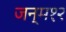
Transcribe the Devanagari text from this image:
जन्म१२